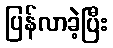
ပြန်လာခဲ့ပြီး